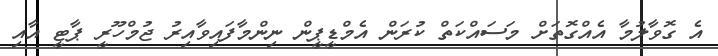
އެ ގޮވާލުމާ އެއްގޮތަށް މަސައްކަތް ކުރަން އެމްޑީޕީން ނިންމާފައިވާއިރު ޖުމްހޫރީ ޕާޓީ އާއި